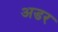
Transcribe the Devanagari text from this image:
अडर